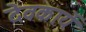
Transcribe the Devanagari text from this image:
देवकार्ये